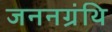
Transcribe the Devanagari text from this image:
जननग्रंथि